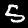
Digit: 5